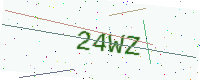
Text: 24WZ